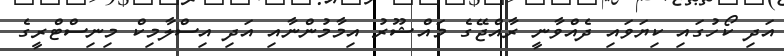
އަދި ކޯހުގައި ކިޔަވައި ދެއްވާނީ ރާއްޖޭގެ މައްޝޫރު އިމާމުންނާއި އަދި އިސްލާމިކް މިނިސްޓްރީގެ